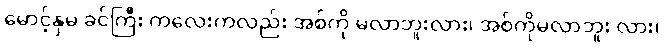
မောင့်နှမ ခင်ကြီး ကလေးကလည်း အစ်ကို မလာဘူးလား၊ အစ်ကိုမလာဘူး လား၊